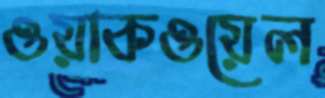
ওয়াকওয়েল